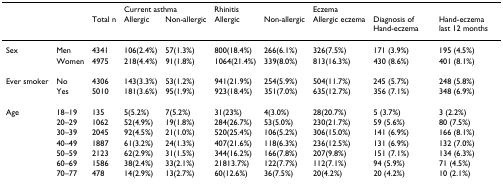
<table><thead><tr><td></td><td></td><td></td><td colspan="2"><b>Current asthma</b></td><td colspan="2"><b>Rhinitis</b></td><td colspan="3"><b>Eczema</b></td></tr><tr><td></td><td></td><td><b>Total n</b></td><td><b>Allergic</b></td><td><b>Non-allergic</b></td><td><b>Allergic</b></td><td><b>Non-allergic</b></td><td><b>Allergic eczema</b></td><td><b>Diagnosis of Hand-eczema</b></td><td><b>Hand-eczema last 12 months</b></td></tr></thead><tbody><tr><td>Sex</td><td>Men</td><td>4341</td><td>106(2.4%)</td><td>57(1.3%)</td><td>800(18.4%)</td><td>266(6.1%)</td><td>326(7.5%)</td><td>171 (3.9%)</td><td>195 (4.5%)</td></tr><tr><td></td><td>Women</td><td>4975</td><td>218(4.4%)</td><td>91(1.8%)</td><td>1064(21.4%)</td><td>339(8.0%)</td><td>813(16.3%)</td><td>430 (8.6%)</td><td>401 (8.1%)</td></tr><tr><td>Ever smoker</td><td>No</td><td>4306</td><td>143(3.3%)</td><td>53(1.2%)</td><td>941(21.9%)</td><td>254(5.9%)</td><td>504(11.7%)</td><td>245 (5.7%)</td><td>248 (5.8%)</td></tr><tr><td></td><td>Yes</td><td>5010</td><td>181(3.6%)</td><td>95(1.9%)</td><td>923(18.4%)</td><td>351(7.0%)</td><td>635(12.7%)</td><td>356 (7.1%)</td><td>348 (6.9%)</td></tr><tr><td>Age</td><td>18–19</td><td>135</td><td>5(5.2%)</td><td>7(5.2%)</td><td>31(23%)</td><td>4(3.0%)</td><td>28(20.7%)</td><td>5 (3.7%)</td><td>3 (2.2%)</td></tr><tr><td></td><td>20–29</td><td>1062</td><td>52(4.9%)</td><td>19(1.8%)</td><td>284(26.7%)</td><td>53(5.0%)</td><td>230(21.7%)</td><td>59 (5.6%)</td><td>80 (7.5%)</td></tr><tr><td></td><td>30–39</td><td>2045</td><td>92(4.5%)</td><td>21(1.0%)</td><td>520(25.4%)</td><td>106(5.2%)</td><td>306(15.0%)</td><td>141 (6.9%)</td><td>166 (8.1%)</td></tr><tr><td></td><td>40–49</td><td>1887</td><td>61(3.2%)</td><td>24(1.3%)</td><td>407(21.6%)</td><td>118(6.3%)</td><td>236(12.5%)</td><td>131 (6.9%)</td><td>132 (7.0%)</td></tr><tr><td></td><td>50–59</td><td>2123</td><td>62(2.9%)</td><td>31(1.5%)</td><td>344(16.2%)</td><td>166(7.8%)</td><td>207(9.8%)</td><td>151 (7.1%)</td><td>134 (6.3%)</td></tr><tr><td></td><td>60–69</td><td>1586</td><td>38(2.4%)</td><td>33(2.1%)</td><td>21813.7%)</td><td>122(7.7%)</td><td>112(7.1%)</td><td>94 (5.9%)</td><td>71 (4.5%)</td></tr><tr><td></td><td>70–77</td><td>478</td><td>14(2.9%)</td><td>13(2.7%)</td><td>60(12.6%)</td><td>36(7.5%)</td><td>20(4.2%)</td><td>20 (4.2%)</td><td>10 (2.1%)</td></tr></tbody></table>